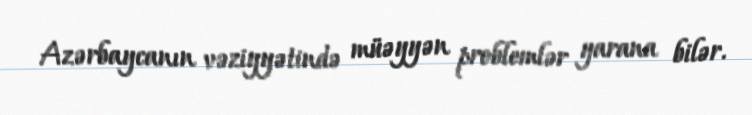
Azərbaycanın vəziyyətində müəyyən problemlər yarana bilər.